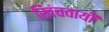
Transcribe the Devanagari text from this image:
खिंचवायी